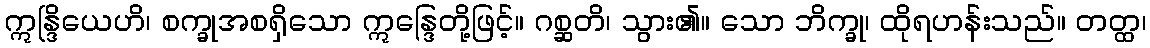
ဣန္ဒြိယေဟိ၊ စက္ခုအစရှိသော ဣန္ဒြေတို့ဖြင့်။ ဂစ္ဆတိ၊ သွား၏။ သော ဘိက္ခု၊ ထိုရဟန်းသည်။ တတ္ထ၊